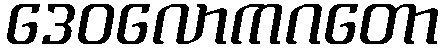
ဒေဝလောကဂတော